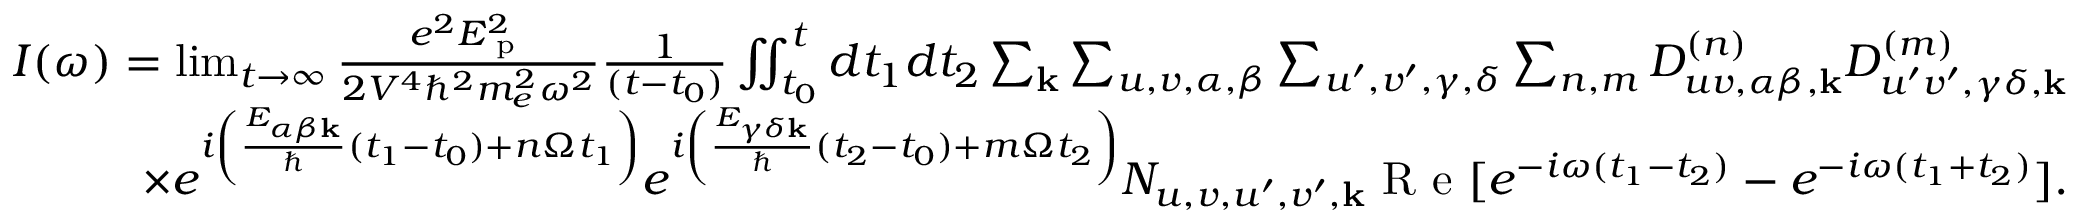
\begin{array} { r } { I ( \omega ) = \operatorname* { l i m } _ { t \rightarrow \infty } \frac { e ^ { 2 } E _ { \textrm { p } } ^ { 2 } } { 2 V ^ { 4 } \hbar ^ { 2 } m _ { e } ^ { 2 } \omega ^ { 2 } } \frac { 1 } { ( t - t _ { 0 } ) } \iint _ { t _ { 0 } } ^ { t } d t _ { 1 } d t _ { 2 } \sum _ { \mathbf { k } } \sum _ { u , v , \alpha , \beta } \sum _ { u ^ { \prime } , v ^ { \prime } , \gamma , \delta } \sum _ { n , m } D _ { u v , \alpha \beta , \mathbf { k } } ^ { ( n ) } D _ { u ^ { \prime } v ^ { \prime } , \gamma \delta , \mathbf { k } } ^ { ( m ) } } \\ { \times e ^ { i \left( \frac { E _ { \alpha \beta \mathbf { k } } } { \hbar } ( t _ { 1 } - t _ { 0 } ) + n \Omega t _ { 1 } \right) } e ^ { i \left( \frac { E _ { \gamma \delta \mathbf { k } } } { \hbar } ( t _ { 2 } - t _ { 0 } ) + m \Omega t _ { 2 } \right) } N _ { u , v , u ^ { \prime } , v ^ { \prime } , \mathbf { k } } \textrm { R e } [ e ^ { - i \omega ( t _ { 1 } - t _ { 2 } ) } - e ^ { - i \omega ( t _ { 1 } + t _ { 2 } ) } ] . } \end{array}